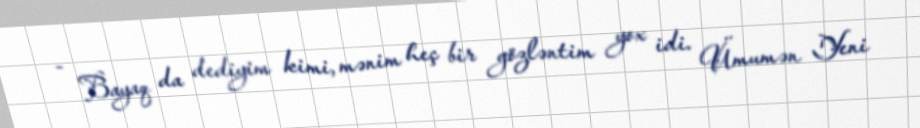
- Bayaq da dediyim kimi, mənim heç bir gözləntim yox idi. Ümumən Yeni